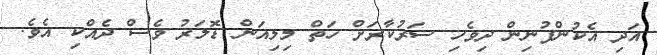
އަދި އެކުންފުނިން ދިވެހި ސަރުކާރަށް ހަތް މިލިއަން ޑޮލަރު ވެސް ދެއްކި އެެވެ.